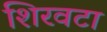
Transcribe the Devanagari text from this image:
शिरवटा